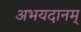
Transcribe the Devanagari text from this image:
अभयदानम्